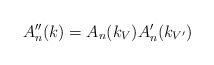
\begin{align*} A''_n(k) = A_n(k_V) A'_n(k_{V'}) \end{align*}